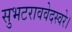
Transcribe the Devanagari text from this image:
सुभटराववेदस्वरे।